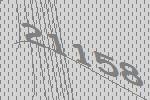
21158